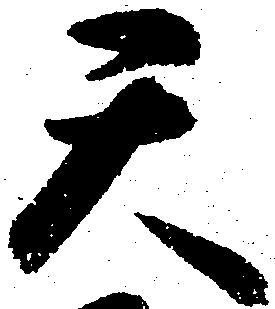
天